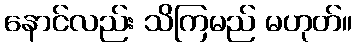
နောင်လည်း သိကြမည် မဟုတ်။